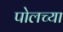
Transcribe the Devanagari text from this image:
पोलच्या